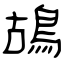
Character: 鴣